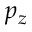
p _ { z }